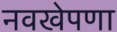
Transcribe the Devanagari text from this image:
नवखेपणा